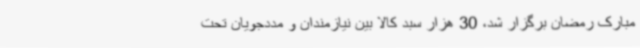
مبارک رمضان برگزار شد، 30 هزار سبد کالا بین نیازمندان و مددجویان تحت